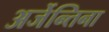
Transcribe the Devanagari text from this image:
अर्जेन्तिना